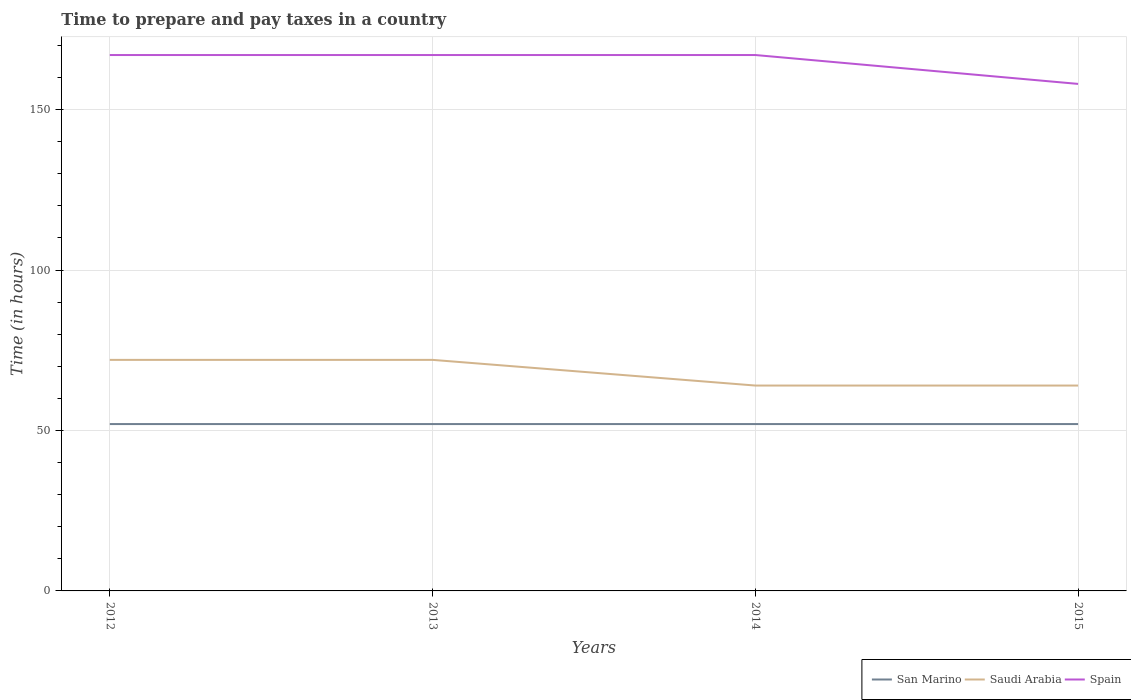
| Years | San Marino | Saudi Arabia | Spain |
 | --- | --- | --- | --- |
 | 2012 | 52 | 72 | 167 |
 | 2013 | 52 | 72 | 167 |
 | 2014 | 52 | 64 | 167 |
 | 2015 | 52 | 64 | 158 |